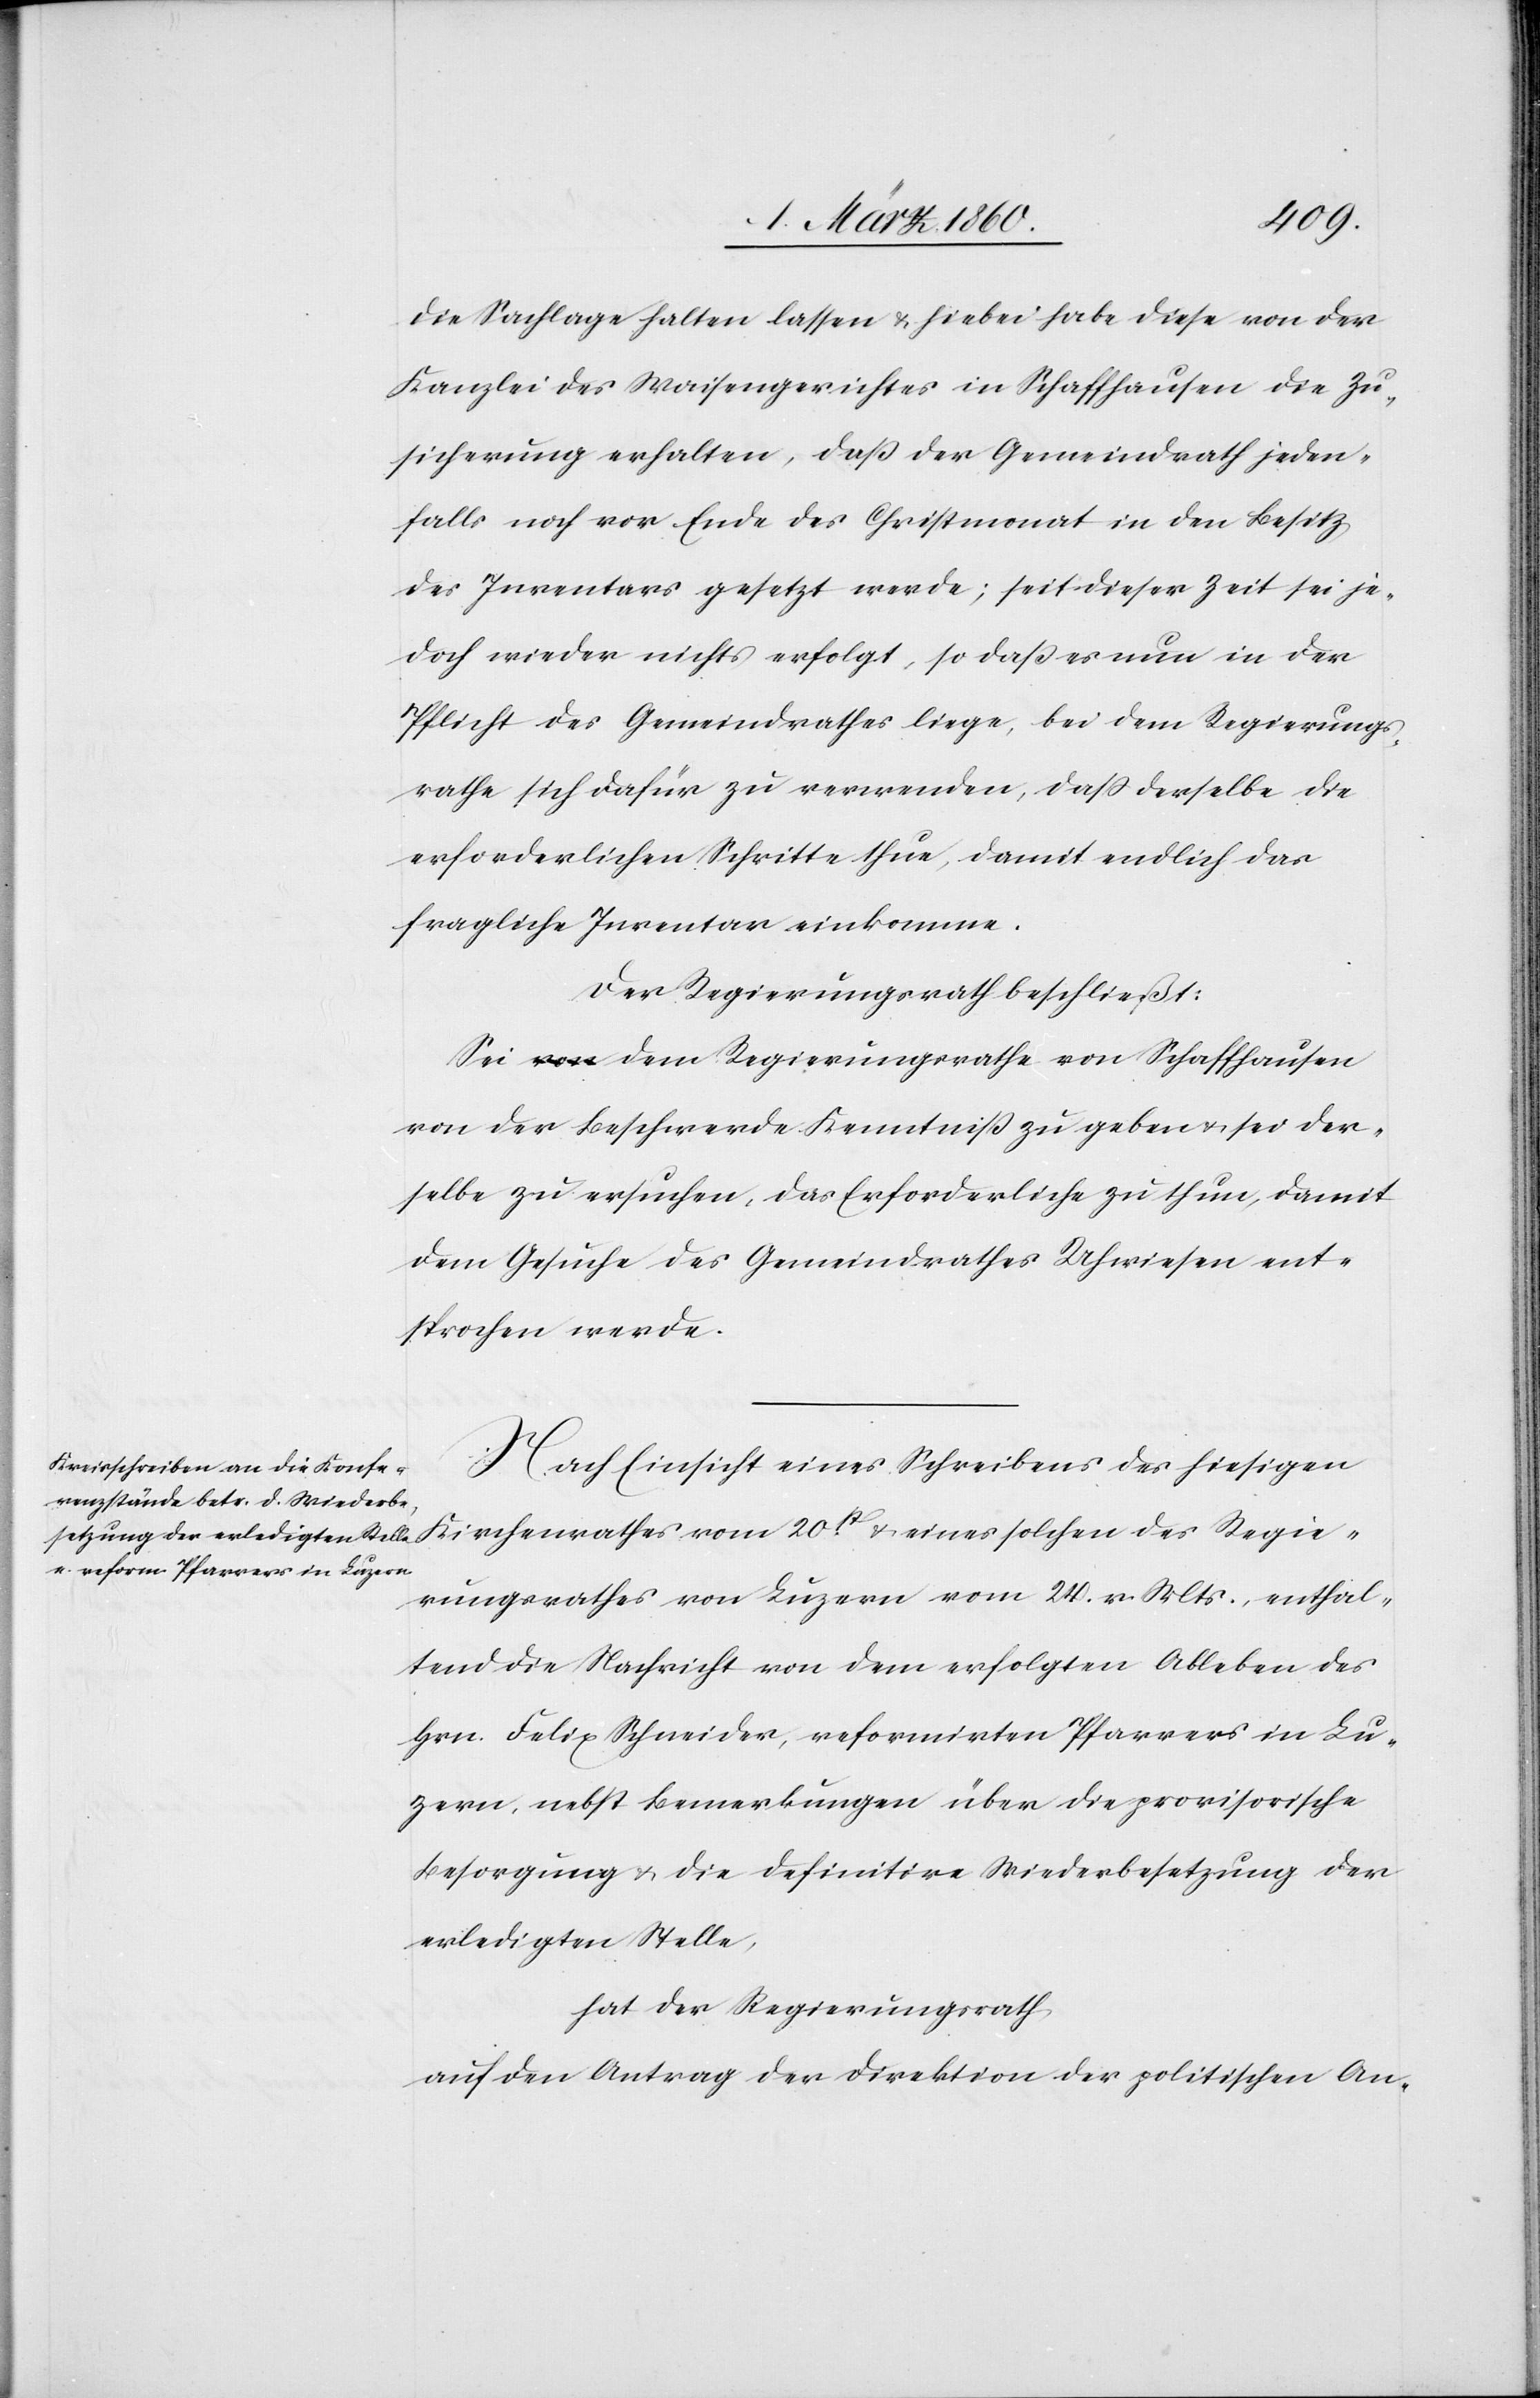
die Sachlage halten lassen u. hiebei habe diese von der
Kanzlei des Waisengerichtes in Schaffhausen die Zu¬
sicherung erhalten, dass der Gemeindrath jeden¬
falls noch vor Ende des Christmonat in den Besitz
des Inventars gesetzt werde; seit dieser Zeit sei je¬
doch wieder nichts erfolgt, so dass es nun in der
Pflicht des Gemeindrathes liege, bei dem Regierungs¬
rathe sich dafür zu verwenden, dass derselbe die
erforderlichen Schritte thue, damit endlich das
fragliche Inventar einkomme.
Der Regierungsrath beschließt:
Sei dem Regierungsrathe von Schaffhausen
von der Beschwerde Kenntniß zu geben u. sei der¬
selbe zu ersuchen, das Erforderliche zu thun, damit
dem Gesuche des Gemeindrathes Uhwiesen ent¬
sprochen werde.
Nach Einsicht eines Schreibens des hieseitigen
Kirchenrathes vom 20st u. eines solchen des Regie¬
rungsrathes von Luzern vom 24. v. Mts., enthal¬
tend die Nachricht von dem erfolgten Ableben des
Hrn. Felix Schneider, reformirten Pfarrers in Lu¬
zern, nebst Bemerkungen über die provisorische
Besorgung u. die definitive Widerbesetzung der
erledigten Stelle,
hat der Regierungsrath
auf den Antrag der Direktion der politischen An-